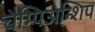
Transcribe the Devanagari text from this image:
चैम्पिअन्शिप